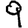
Digit: 9